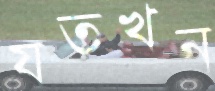
যতখন